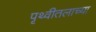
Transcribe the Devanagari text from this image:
पृथ्वीतलाच्या